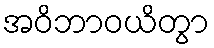
အဝိဘာဝယိတွာ